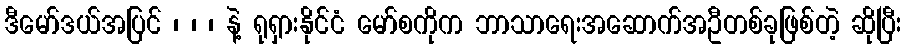
ဒီမော်ဒယ်အပြင် ၊ ၊ ၊ နဲ့ ရုရှားနိုင်ငံ မော်စကိုက ဘာသာရေးအဆောက်အဦတစ်ခုဖြစ်တဲ့ ဆိုပြီး